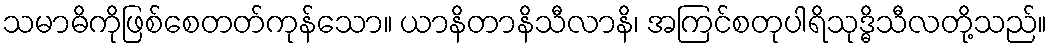
သမာဓိကိုဖြစ်စေတတ်ကုန်သော။ ယာနိတာနိသီလာနိ၊ အကြင်စတုပါရိသုဒ္ဓိသီလတို့သည်။